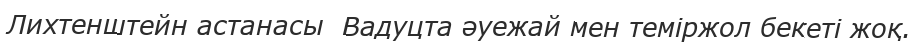
Лихтенштейн астанасы  Вадуцта әуежай мен теміржол бекеті жоқ.